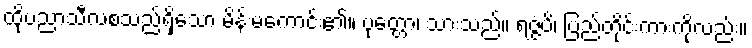
ထိုပညာသီလစသည်ရှိသော မိန်းမကောင်း၏။ ပုတ္တော၊ သားသည်။ ရဇ္ဇံပိ၊ ပြည်တိုင်းကားကိုလည်း။